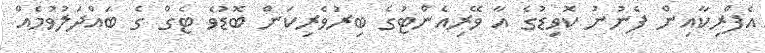
އެފްރިކާއިން ފެނުނު ކޮވިޑުގެ އާ ވޭރިއެންޓުގެ ބިރުވެރިކަން ބޮޑުވެ ޓެގް ގެ ބައްދަލުވުމެއް